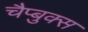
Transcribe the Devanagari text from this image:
चैप्बुक्स